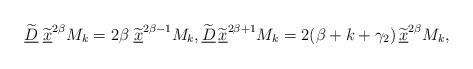
LaTeX: \begin{align*} \widetilde{\underline{D}}\;\widetilde{\underline{x}}^{2\beta} M_{k}=2\beta\;\widetilde{\underline{x}}^{2\beta-1} M_{k},\widetilde{\underline{D}}\,\widetilde{\underline{x}}^{2\beta+1}M_{k}=2(\beta+k+\gamma_2)\,\widetilde{\underline{x}}^{2\beta} M_{k},\end{align*}